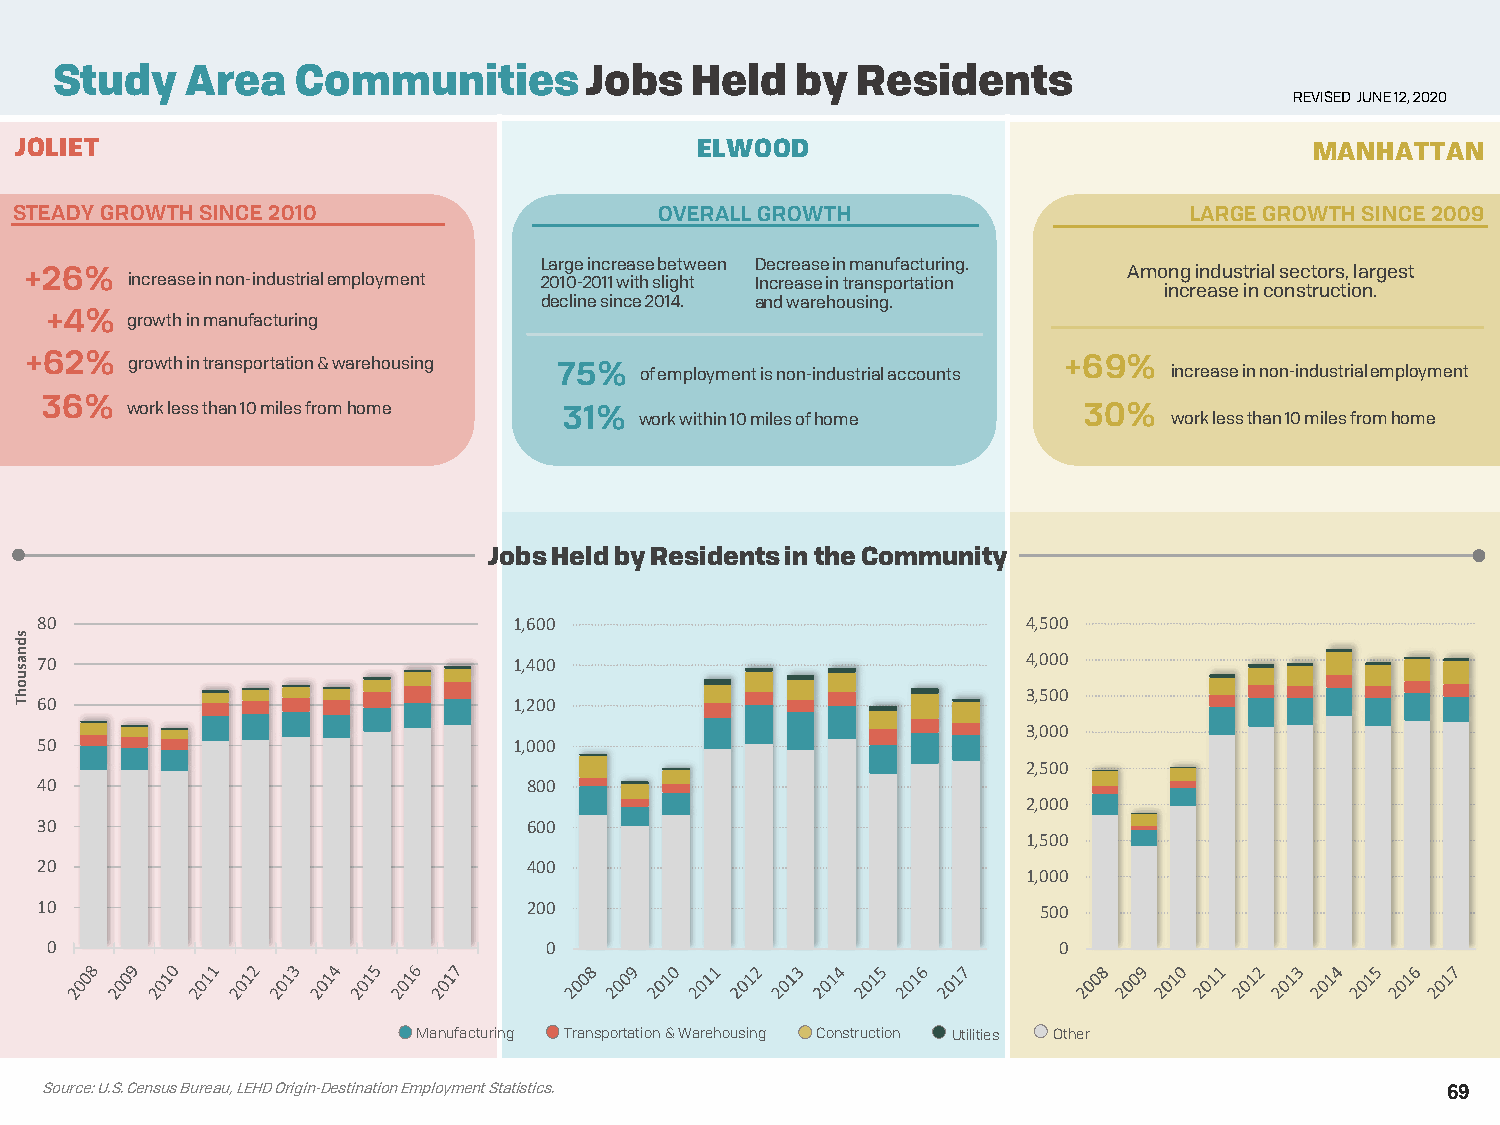
Study    Area    Communities        Jobs   Held   by  Residents
 REVISED JUNE 12, 2020
 JOLIET                                       ELWOOD                                   MANHATTAN
 STEADY GROWTH SINCE 2010                   OVERALL GROWTH                     LARGE GROWTH SINCE 2009
 Large increase between Decrease in manufacturing.
 +26%                                                                     Among industrial sectors, largest
 increase in non-industrial employment 2010-2011 with slight Increase in transportation
 increase in construction.
 decline since 2014. and warehousing.
 +4%  growth in manufacturing
 +62%  growth in transportation & warehousing 75% of employment is non-industrial accounts +69% increase in non-industrial employment
 36%
 work less than 10 miles from home 31%                           30%
 work within 10 miles of home        work less than 10 miles from home
 Jobs Held by Residents in the Community
 80                              1,600                             4,500
 70                              1,400                             4,000
 3,500
 60                              1,200
 3,000
 50                              1,000
 2,500
 40                               800
 2,000
 30                               600
 1,500
 20                               400
 1,000
 10                               200                               500
 0                                0                                 0
 Manufacturing Transportation & Warehousing Construction Utilities Other
 Source: U.S. Census Bureau, LEHD Origin-Destination Employment Statistics.                   69
 sdnasuohT